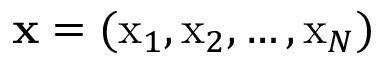
\mathbf { x } = ( \mathrm { x } _ { 1 } , \mathrm { x } _ { 2 } , \ldots , \mathrm { x } _ { N } )